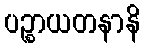
ပဉ္စာယတနာနိ